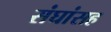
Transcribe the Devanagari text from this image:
संघांसह